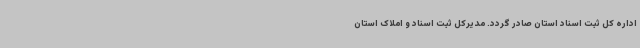
اداره کل ثبت اسناد استان صادر گردد. مدیرکل ثبت اسناد و املاک استان